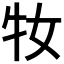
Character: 𤘙